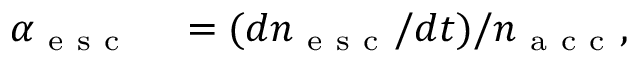
\begin{array} { r l } { \alpha _ { \mathrm { ~ e ~ s ~ c ~ } } } & { { } = ( d n _ { \mathrm { ~ e ~ s ~ c ~ } } / d t ) / n _ { \mathrm { ~ a ~ c ~ c ~ } } , } \end{array}